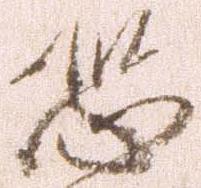
恐